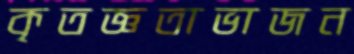
কৃতজ্ঞতাভাজন